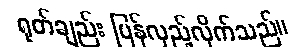
ရုတ်ချည်း ပြန်လှည့်လိုက်သည်။